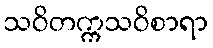
သဝိတက္ကသဝိစာရာ